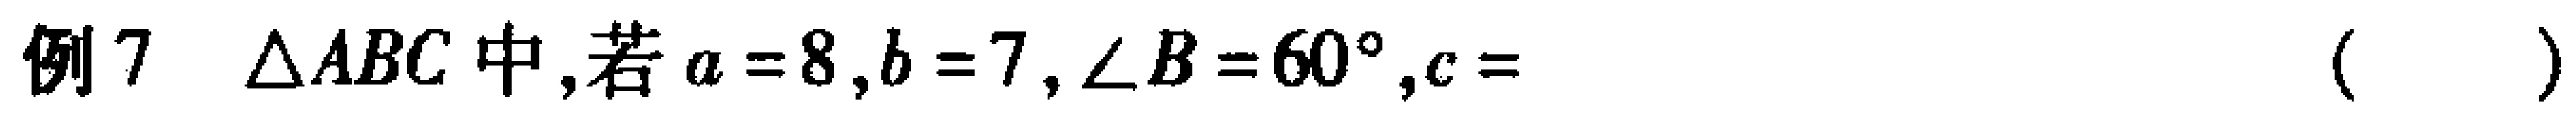
例7 $\triangle ABC$中,若$a = 8,b = 7,\angle B = 60^{\circ},c=$  ( )